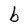
Character: b